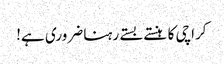
کراچی کا ہنستے بستے رہنا ضروری ہے!